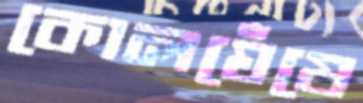
কোলঘেঁষে